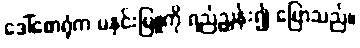
ဒေါ်စောရုံက မနှင်းမြူကို ရည်ညွှန်း၍ ပြောသည်။